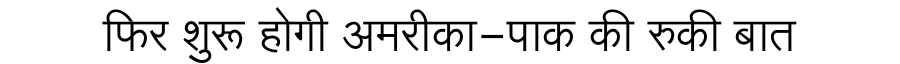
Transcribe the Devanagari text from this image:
फिर शुरू होगी अमरीका-पाक की रुकी बात